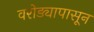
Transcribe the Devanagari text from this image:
वरोड्यापासून